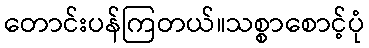
တောင်းပန်ကြတယ်။သစ္စာစောင့်ပုံ